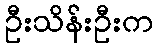
ဦးသိန်းဦးက